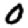
Digit: 0